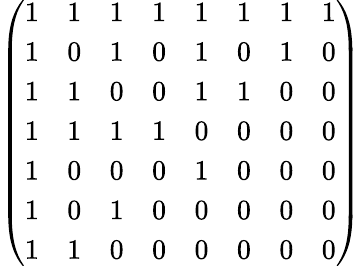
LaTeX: {\left(\begin{array}{llllllll}{1}&{1}&{1}&{1}&{1}&{1}&{1}&{1}\\ {1}&{0}&{1}&{0}&{1}&{0}&{1}&{0}\\ {1}&{1}&{0}&{0}&{1}&{1}&{0}&{0}\\ {1}&{1}&{1}&{1}&{0}&{0}&{0}&{0}\\ {1}&{0}&{0}&{0}&{1}&{0}&{0}&{0}\\ {1}&{0}&{1}&{0}&{0}&{0}&{0}&{0}\\ {1}&{1}&{0}&{0}&{0}&{0}&{0}&{0}\end{array}\right)}